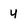
Character: 4